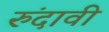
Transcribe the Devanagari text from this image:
रुंदावी